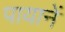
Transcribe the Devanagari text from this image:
पायानें